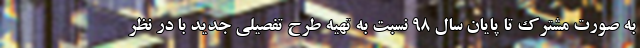
به صورت مشترک تا پایان سال ۹۸ نسبت به تهیه طرح تفصیلی جدید با در نظر